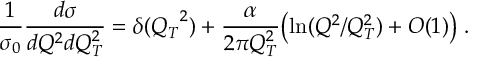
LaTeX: { \frac { 1 } { \sigma _ { 0 } } } { \frac { d \sigma } { d Q ^ { 2 } d Q _ { T } ^ { 2 } } } = \delta ( { Q _ { T } } ^ { 2 } ) + { \frac { \alpha } { 2 \pi Q _ { T } ^ { 2 } } } \bigl ( \ln ( Q ^ { 2 } / Q _ { T } ^ { 2 } ) + O ( 1 ) \bigr ) \; .